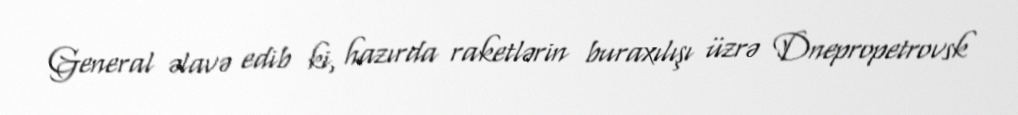
General əlavə edib ki, hazırda raketlərin buraxılışı üzrə Dnepropetrovsk